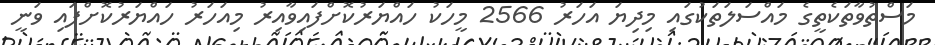
މަސްތުވާތަކެތީގެ މައްސަލަތަކުގައި މިދިޔަ އަހަރު 2566 މީހަކު ހައްޔަރުކޮށްފައިވާއިރު މިއަހަރު ހައްޔަރުކޮށްފައި ވަނީ